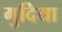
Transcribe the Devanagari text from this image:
गुदिया